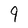
Character: 9